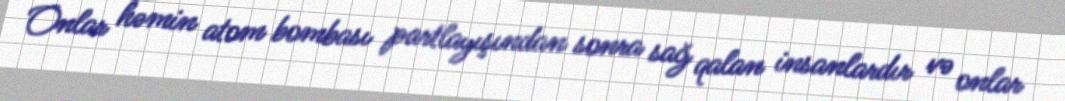
Onlar həmin atom bombası partlayışından sonra sağ qalan insanlardır və onlar